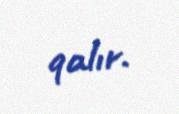
qalır.